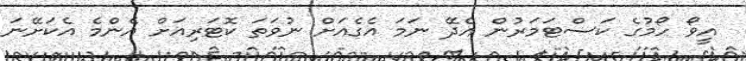
އީވޯ ހޯމުގެ ކަސްޓަމަރުން އެދޭ ނަމަ އެގެއަށް ނުވަތަ ކޮޓަރިއަށް އެންމެ އެކަށޭނަ